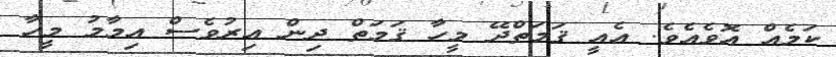
ކަމެއް އޮވެއެވެ. އެއީ ޤަމަތްދޭ މީހާ ޤަމަތް ދިން އިރުވެސް އިމާމު މީހާ